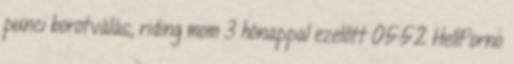
punci borotválás, riding mom 3 hónappal ezelőtt 05:52 HellPorno